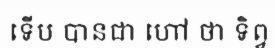
ទើប បានជា ហៅ ថា ទិព្វ